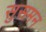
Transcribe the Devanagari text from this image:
सुसमन